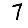
Digit: 7